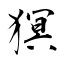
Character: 猽